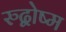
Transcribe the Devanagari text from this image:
रुद्वोष्म